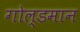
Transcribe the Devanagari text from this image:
गोल्डमान